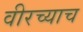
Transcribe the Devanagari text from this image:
वीरच्याच